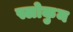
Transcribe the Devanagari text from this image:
स्लोकुम